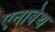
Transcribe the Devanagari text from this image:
एनाबेथ